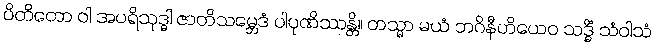
ပိတိတော ဝါ အပရိသုဒ္ဓါ ဇာတိသမ္ဘေဒံ ပါပုဏိဿန္တိ။ တသ္မာ မယံ ဘဂိနီဟိယေဝ သဒ္ဓိံ သံဝါသံ